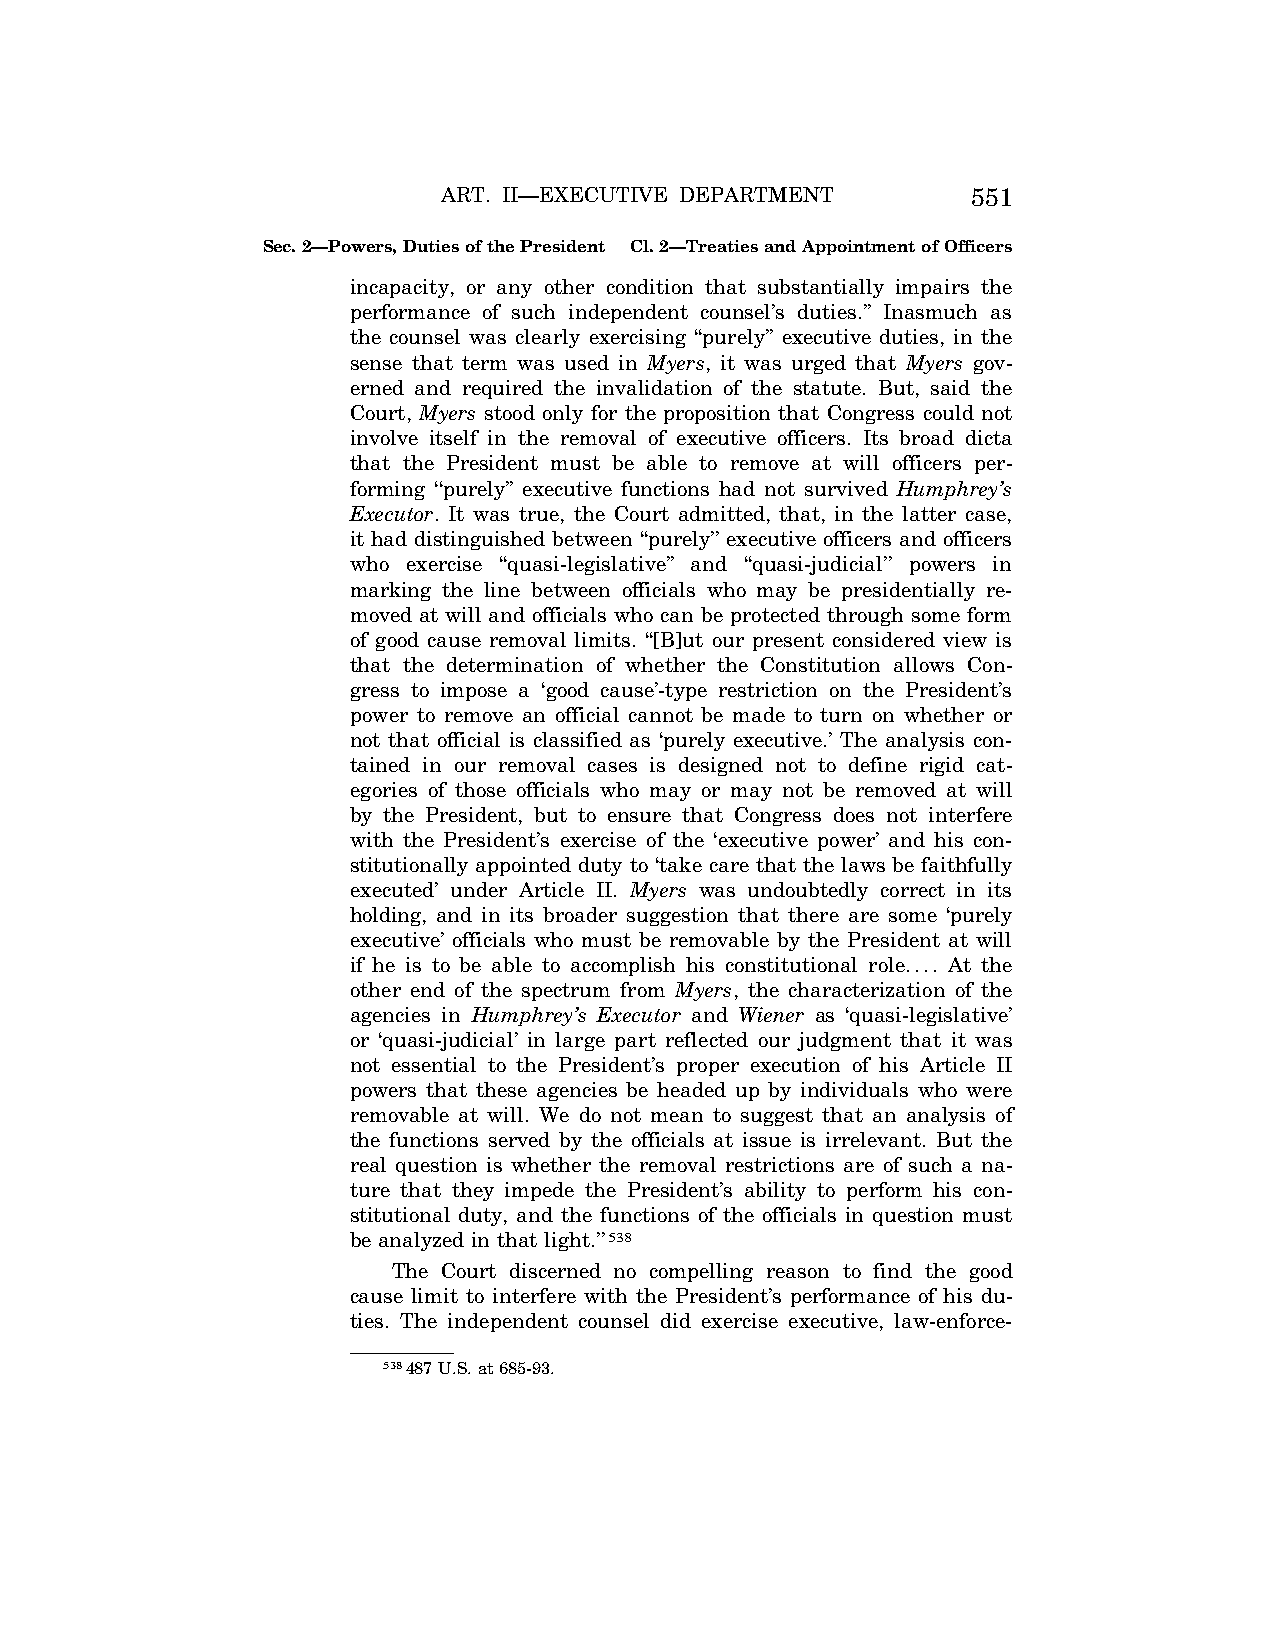
ART. II—EXECUTIVE DEPARTMENT       551
 Sec. 2—Powers, Duties of the President Cl. 2—Treaties and Appointment of Officers
 incapacity, or any other condition that substantially impairs the
 performance of such independent counsel’s duties.’’ Inasmuch as
 the counsel was clearly exercising ‘‘purely’’ executive duties, in the
 sense that term was used in Myers, it was urged that Myers gov-
 erned and required the invalidation of the statute. But, said the
 Court, Myers stood only for the proposition that Congress could not
 involve itself in the removal of executive officers. Its broad dicta
 that the President must be able to remove at will officers per-
 forming ‘‘purely’’ executive functions had not survived Humphrey’s
 Executor. It was true, the Court admitted, that, in the latter case,
 it had distinguished between ‘‘purely’’ executive officers and officers
 who exercise ‘‘quasi-legislative’’ and ‘‘quasi-judicial’’ powers in
 marking the line between officials who may be presidentially re-
 moved at will and officials who can be protected through some form
 of good cause removal limits. ‘‘[B]ut our present considered view is
 that the determination of whether the Constitution allows Con-
 gress to impose a ‘good cause’-type restriction on the President’s
 power to remove an official cannot be made to turn on whether or
 not that official is classified as ‘purely executive.’ The analysis con-
 tained in our removal cases is designed not to define rigid cat-
 egories of those officials who may or may not be removed at will
 by the President, but to ensure that Congress does not interfere
 with the President’s exercise of the ‘executive power’ and his con-
 stitutionally appointed duty to ‘take care that the laws be faithfully
 executed’ under Article II. Myers was undoubtedly correct in its
 holding, and in its broader suggestion that there are some ‘purely
 executive’ officials who must be removable by the President at will
 if he is to be able to accomplish his constitutional role.... At the
 other end of the spectrum from Myers, the characterization of the
 agencies in Humphrey’s Executor and Wiener as ‘quasi-legislative’
 or ‘quasi-judicial’ in large part reflected our judgment that it was
 not essential to the President’s proper execution of his Article II
 powers that these agencies be headed up by individuals who were
 removable at will. We do not mean to suggest that an analysis of
 the functions served by the officials at issue is irrelevant. But the
 real question is whether the removal restrictions are of such a na-
 ture that they impede the President’s ability to perform his con-
 stitutional duty, and the functions of the officials in question must
 be analyzed in that light.’’538
 The Court discerned no compelling reason to find the good
 cause limit to interfere with the President’s performance of his du-
 ties. The independent counsel did exercise executive, law-enforce-
 538487 U.S. at 685-93.
 VerDate Aug<04>2004 13:21 Oct 06, 2004 Jkt 077500 PO 00000 Frm 00119 Fmt 8222 Sfmt 8222 C:\CONAN\CON011.SGM PRFM99 PsN: CON011